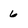
Character: 6